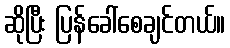
ဆိုပြီး ပြန်ခေါ်စေချင်တယ်။